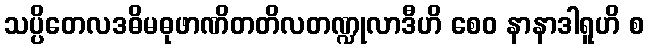
သပ္ပိတေလဒဓိမဓုဖာဏိတတိလတဏ္ဍုလာဒီဟိ စေဝ နာနာဒါရူဟိ စ